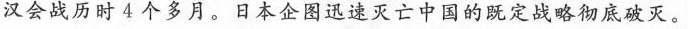
汉会战历时4个多月。日本企图迅速灭亡中国的既定战略彻底破灭。